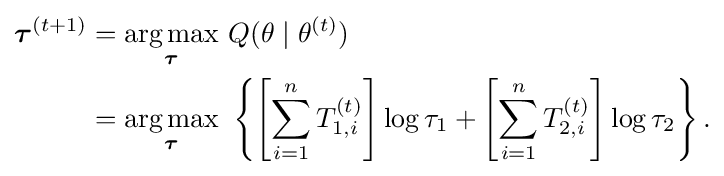
{\begin{aligned}{\boldsymbol {\tau }}^{(t+1)}&={\underset {\boldsymbol {\tau }}{\operatorname {arg\,max} }}\ Q(\theta \mid \theta ^{(t)})\\&={\underset {\boldsymbol {\tau }}{\operatorname {arg\,max} }}\ \left\{\left[\sum _{i=1}^{n}T_{1,i}^{(t)}\right]\log \tau _{1}+\left[\sum _{i=1}^{n}T_{2,i}^{(t)}\right]\log \tau _{2}\right\}.\end{aligned}}